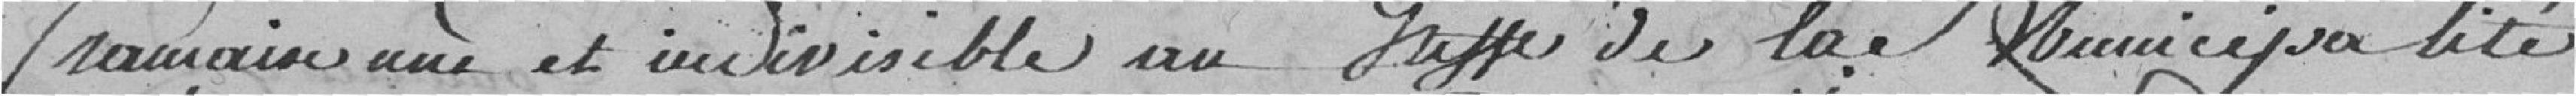
française une et indivisible au greffe de la municipalité